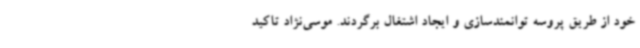
خود از طریق پروسه توانمندسازی و ایجاد اشتغال برگردند. موسی‌نژاد تاکید